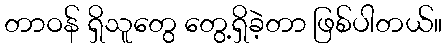
တာဝန် ရှိသူတွေ တွေ့ရှိခဲ့တာ ဖြစ်ပါတယ်။